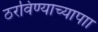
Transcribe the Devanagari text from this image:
ठरविण्याच्यापाा